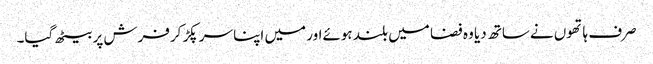
صرف ہاتھوں نےساتھ دیا وہ فضا میں بلند ہوئےاور میں اپنا سر پکڑ کرفرش پر بیٹھ گیا۔